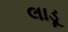
લાડૂ